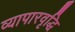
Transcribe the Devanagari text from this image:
व्यापारवृद्धि